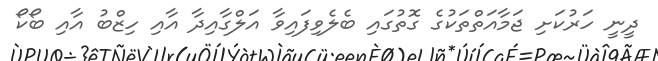
ދީނީ ހަރުކަށި ޖަމާއަތްތަކުގެ ގޮތުގައި ބެލެވިފައިވާ އަލްގާއިދާ އާއި ހިޒްބު އާއި ބޯކޯ